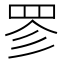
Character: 𮊃